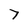
Character: 7